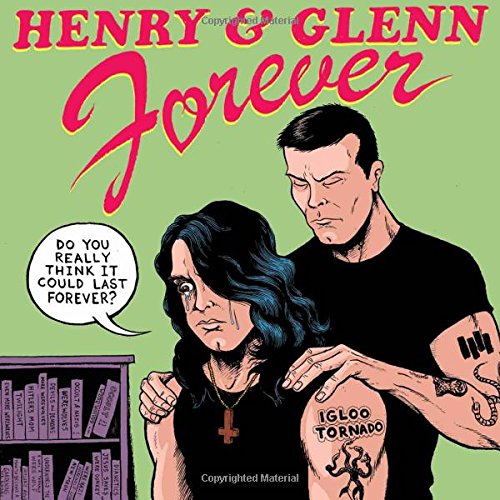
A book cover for Henry & Glenn Forever; Tom Neely; Comics & Graphic Novels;